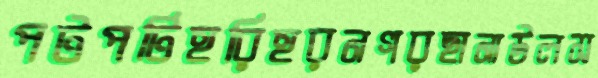
পটপটিহরিহরনগরছানাউলস